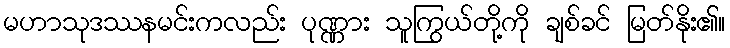
မဟာသုဒဿနမင်းကလည်း ပုဏ္ဏား သူကြွယ်တို့ကို ချစ်ခင် မြတ်နိုး၏။